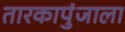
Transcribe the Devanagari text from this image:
तारकापुंजाला